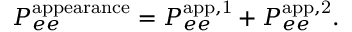
P _ { e e } ^ { \mathrm { a p p e a r a n c e } } = P _ { e e } ^ { \mathrm { a p p , 1 } } + P _ { e e } ^ { \mathrm { a p p , 2 } } .